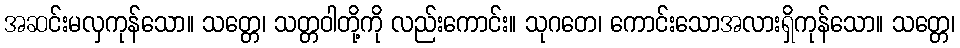
အဆင်းမလှကုန်သော။ သတ္တေ၊ သတ္တဝါတို့ကို လည်းကောင်း။ သုဂတေ၊ ကောင်းသောအလားရှိကုန်သော။ သတ္တေ၊